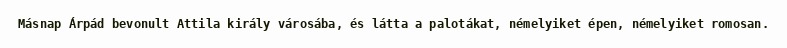
Másnap Árpád bevonult Attila király városába, és látta a palotákat, némelyiket épen, némelyiket romosan.